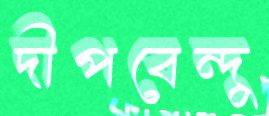
দীপবেন্দু